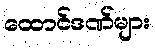
ထောင်ဒဏ်များ